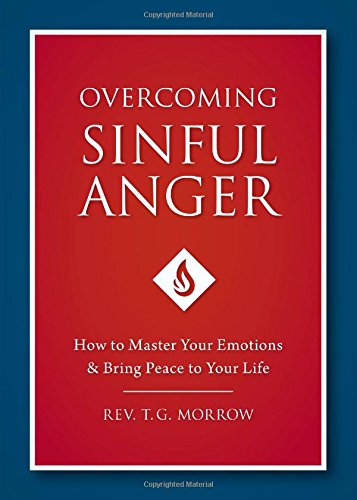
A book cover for Overcoming Sinful Anger; Fr. T. Morrow; Self-Help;